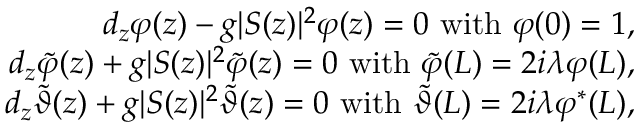
\begin{array} { r l r } & { } & { d _ { z } \varphi ( z ) - g \vert S ( z ) \vert ^ { 2 } \varphi ( z ) = 0 \ \mathrm { w i t h } \ \varphi ( 0 ) = 1 , } \\ & { } & { d _ { z } \tilde { \varphi } ( z ) + g \vert S ( z ) \vert ^ { 2 } \tilde { \varphi } ( z ) = 0 \ \mathrm { w i t h } \ \tilde { \varphi } ( L ) = 2 i \lambda \varphi ( L ) , } \\ & { } & { d _ { z } \tilde { \vartheta } ( z ) + g \vert S ( z ) \vert ^ { 2 } \tilde { \vartheta } ( z ) = 0 \ \mathrm { w i t h } \ \tilde { \vartheta } ( L ) = 2 i \lambda \varphi ^ { \ast } ( L ) , } \end{array}